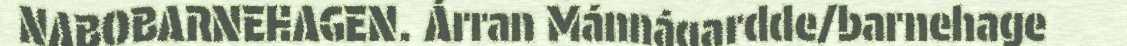
NABOBARNEHAGEN. Árran Mánnágardde/barnehage